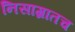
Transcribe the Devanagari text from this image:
निसाग्रातच